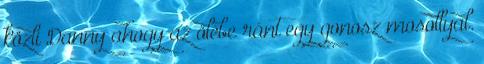
közli Danny ahogy az ölébe ránt egy gonosz mosollyal.